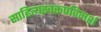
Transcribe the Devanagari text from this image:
साहित्यस्वरूपविमर्श